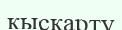
қысқарту